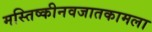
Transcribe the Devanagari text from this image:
मस्तिष्कीनवजातकामला